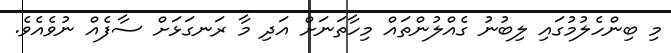
މި ބިންހެލުމުގައި ލިބުނު ގެއްލުންތައް މިހާތަނަށް އަދި މާ ރަނގަޅަށް ސާފެއް ނުވެއެވެ.